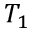
T _ { 1 }